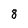
Character: 8